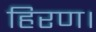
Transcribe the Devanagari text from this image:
हिरण।